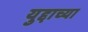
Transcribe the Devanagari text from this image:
युद्दाच्या